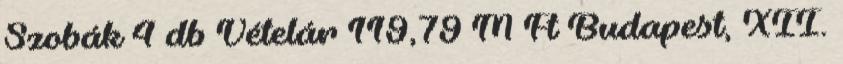
Szobák 4 db Vételár 119,79 M Ft Budapest, XII.